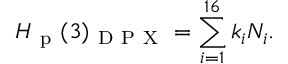
H _ { \mathrm { ~ p ~ } } ( 3 ) _ { \mathrm { ~ D ~ P ~ X ~ } } = \sum _ { i = 1 } ^ { 1 6 } k _ { i } N _ { i } .